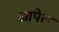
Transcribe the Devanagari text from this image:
आपेल